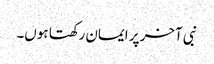
نبی آخر پر ایمان رکھتا ہوں۔